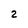
Character: 2